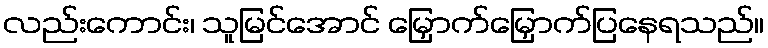
လည်းကောင်း၊ သူမြင်အောင် မြှောက်မြှောက်ပြနေရသည်။